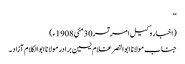
‘‘
(اخبار وکیل امرتسر30مئی 1908ء)
جناب مولانا ابوالنصر غلام یٰسین برادر مولانا ابوالکلام آزاد۔